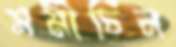
সমীচিন